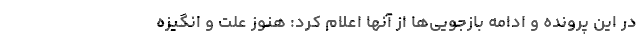
در این پرونده و ادامه بازجویی‌ها از آنها اعلام کرد: هنوز علت و انگیزه